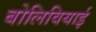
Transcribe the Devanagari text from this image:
बोलिवियाई